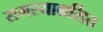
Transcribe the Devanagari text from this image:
समस्याग्रसित